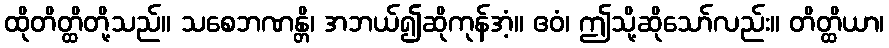
ထိုတိတ္ထိတို့သည်။ သစေဘဏန္တိ၊ အဘယ်၍ဆိုကုန်အံ့။ ဧဝံ၊ ဤသို့ဆိုသော်လည်း။ တိတ္ထိယာ၊